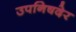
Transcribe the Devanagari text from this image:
उपनिषदेर